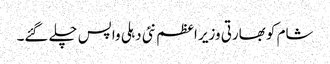
شام کو بھارتی وزیر اعظم نئی دہلی واپس چلے گئے۔